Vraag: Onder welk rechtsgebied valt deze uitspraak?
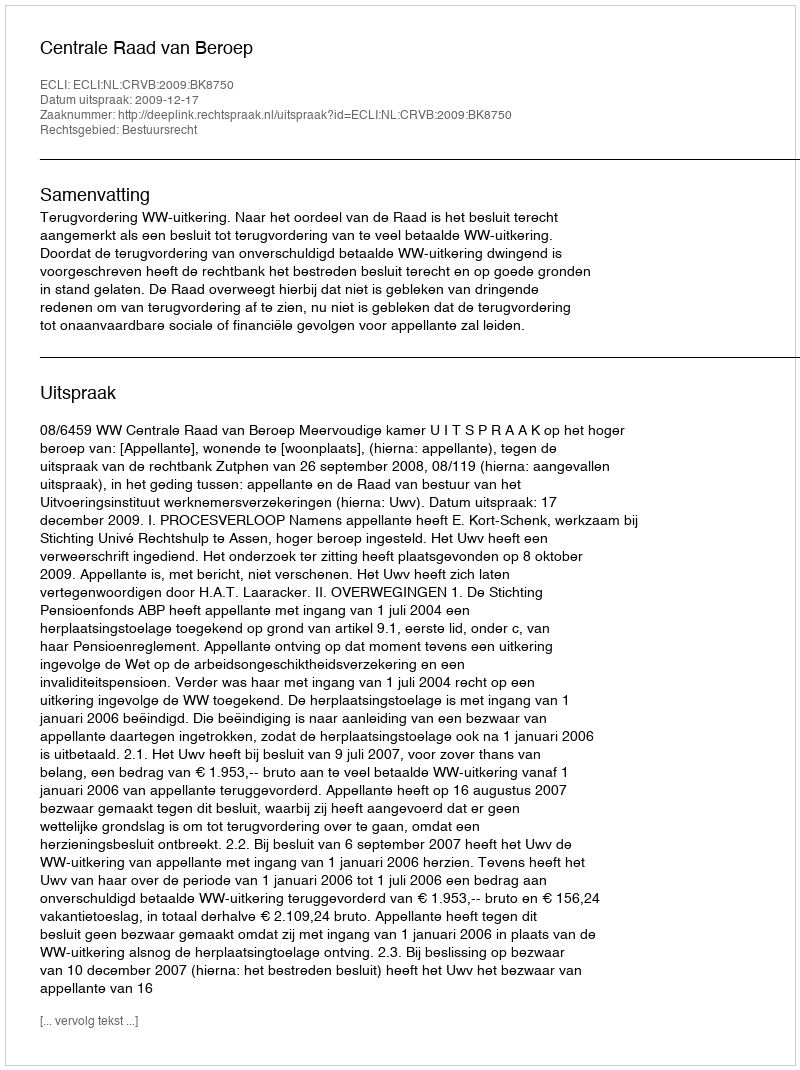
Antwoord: Bestuursrecht